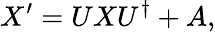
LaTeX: X^{\prime}=UXU^{\dagger}+A,